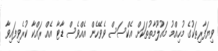
ވިޔަފާރިތަކުގެ މުހިއްމު މައުލޫމާތުތަކަށް އެކްސަސް ވެވޭހެން އެއްވެސް ޑާޓާ އެއް ރައްކާ ކުރެވިފައިވާ